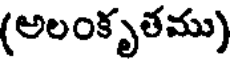
(అలంకృతము)